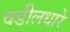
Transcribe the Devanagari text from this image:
वडीलधारे